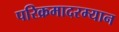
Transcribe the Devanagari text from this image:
परिक्रमादरम्यान